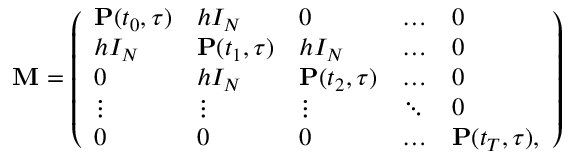
\begin{array} { r } { \mathbf { M } = \left( \begin{array} { l l l l l } { \mathbf { P } ( t _ { 0 } , \tau ) } & { h I _ { N } } & { 0 } & { \dots } & { 0 } \\ { h I _ { N } } & { \mathbf { P } ( t _ { 1 } , \tau ) } & { h I _ { N } } & { \dots } & { 0 } \\ { 0 } & { h I _ { N } } & { \mathbf { P } ( t _ { 2 } , \tau ) } & { \dots } & { 0 } \\ { \vdots } & { \vdots } & { \vdots } & { \ddots } & { 0 } \\ { 0 } & { 0 } & { 0 } & { \dots } & { \mathbf { P } ( t _ { T } , \tau ) , } \end{array} \right) } \end{array}